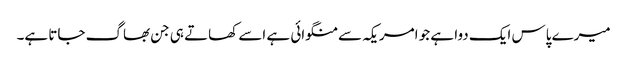
میرے پاس ایک دوا ہے جو امریکہ سے منگوائی ہے اسے کھاتے ہی جن بھاگ جاتا ہے۔